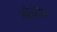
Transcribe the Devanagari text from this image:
ओगुरजा